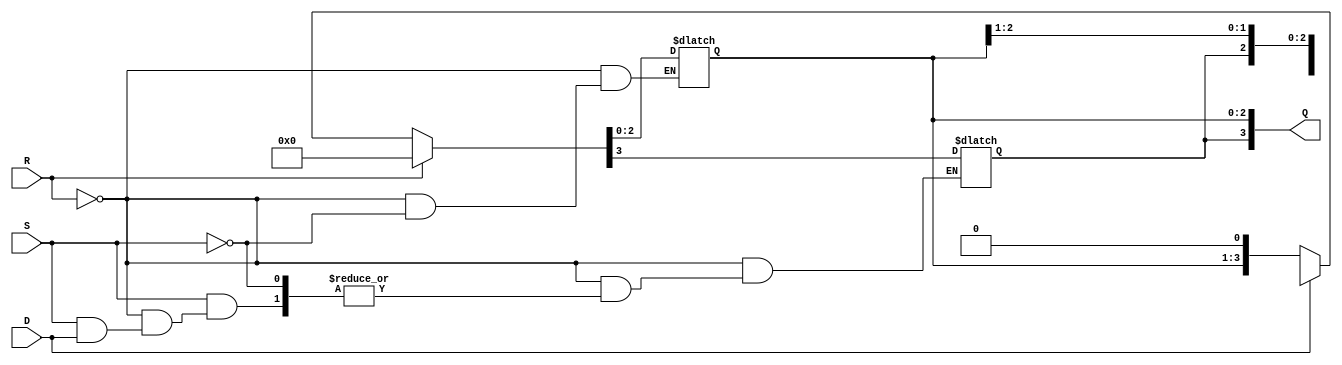
module async_shift_counter (
    input wire S,          // Shift input
    input wire R,          // Asynchronous reset
    input wire D,          // Direction (0 for left, 1 for right)
    output reg [3:0] Q     // 4-bit counter output
);

    // Asynchronous reset
    always @* begin
        if (R) begin
            Q = 4'b0000; // Reset counter to 0
        end else if (S) begin
            if (D) begin
                // Shift right
                Q = {Q[3], Q[3:1]}; // Shift right, MSB remains the same
            end else begin
                // Shift left
                Q = {Q[2:0], 1'b0}; // Shift left, LSB becomes 0
            end
        end
    end

endmodule